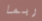
ربما